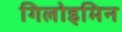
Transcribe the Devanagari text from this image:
गिलोइमिन